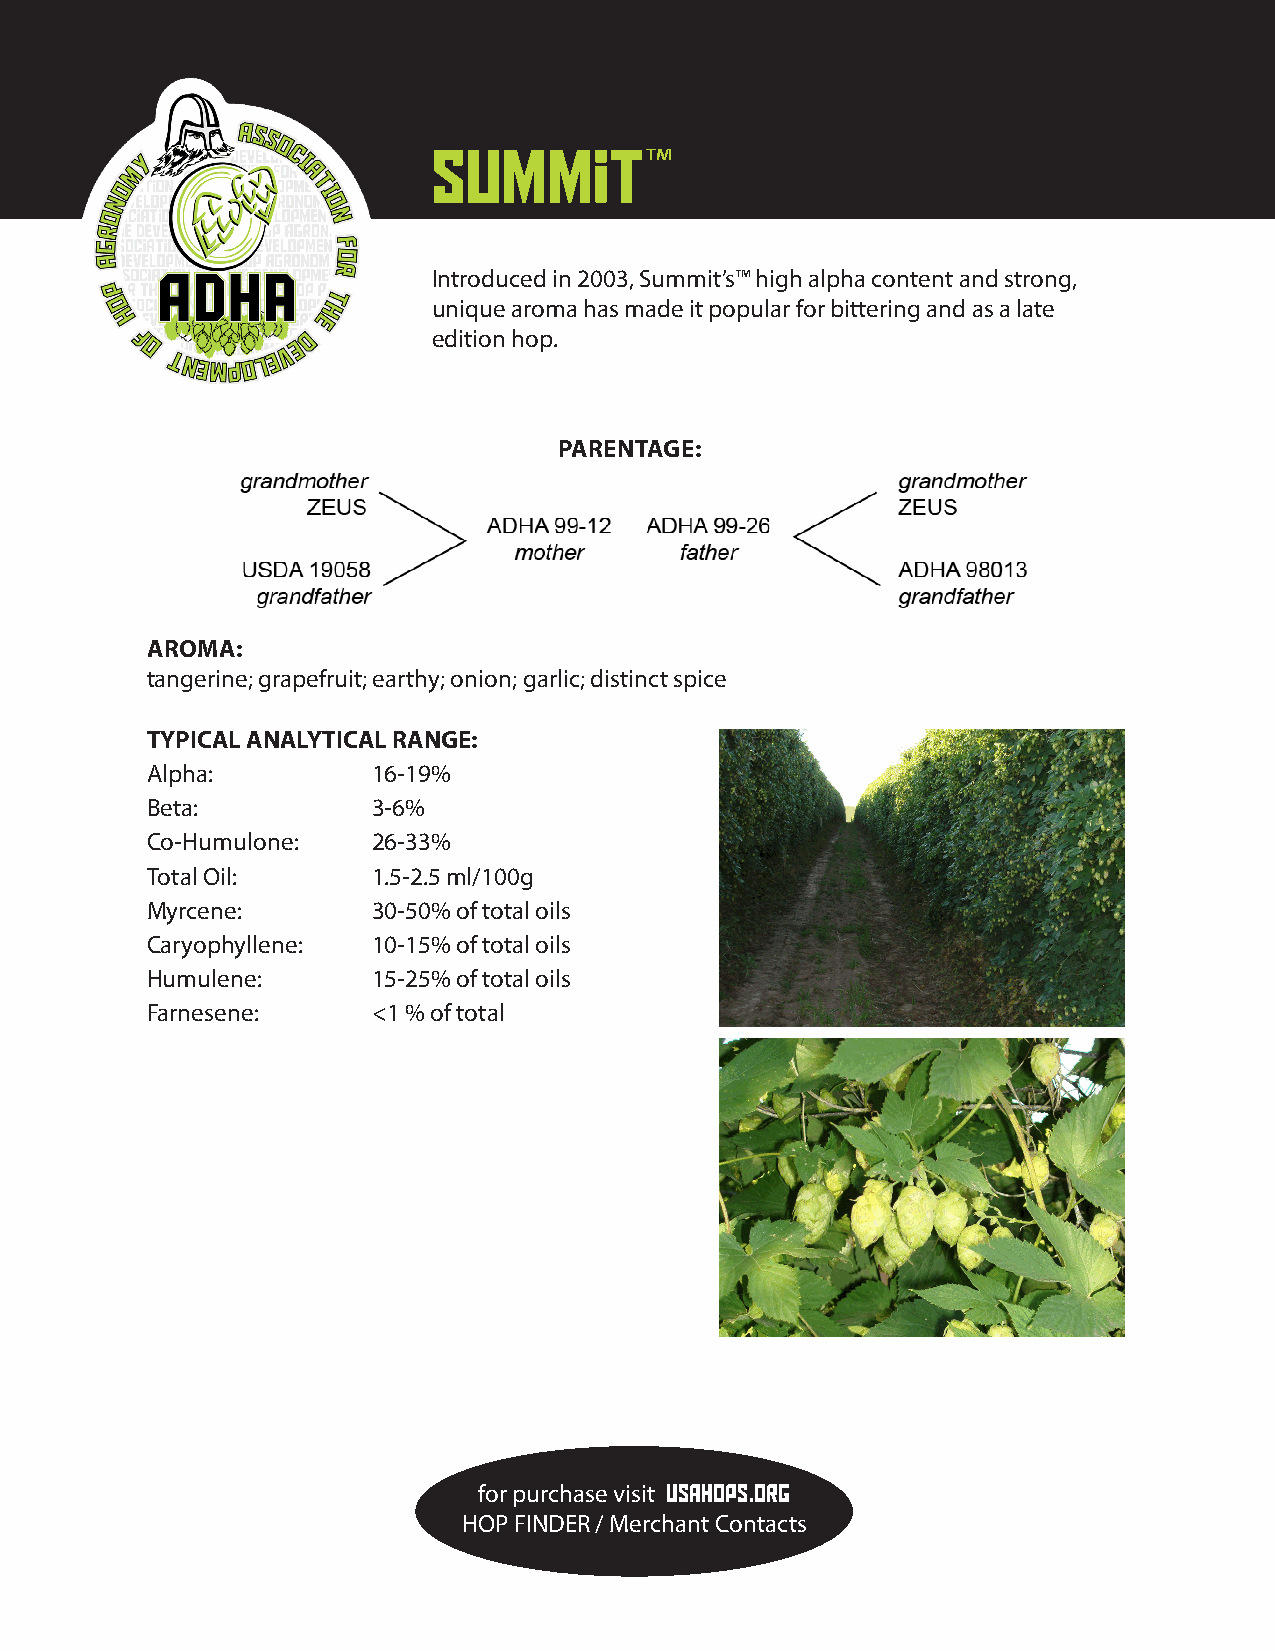
Summit™
 Introduced in 2003, Summit’s™ high alpha content and strong,
 unique aroma has made it popular for bittering and as a late
 edition hop.
 PARENTAGE:
 AROMA:
 tangerine; grapefruit; earthy; onion; garlic; distinct spice
 TYPICAL ANALYTICAL RANGE:
 Alpha:         16-19%
 Beta:          3-6%
 Co-Humulone:   26-33%
 Total Oil:     1.5-2.5 ml/100g
 Myrcene:       30-50% of total oils
 Caryophyllene: 10-15% of total oils
 Humulene:      15-25% of total oils
 Farnesene:     <1 % of total
 for purchase visit USAHOPS.ORG
 HOP FINDER / Merchant Contacts